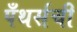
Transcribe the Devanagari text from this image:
पँथर्सची